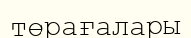
төрағалары